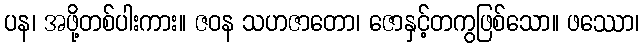
ပန၊ အဖို့တစ်ပါးကား။ ဇဝန သဟဇာတော၊ ဇောနှင့်တကွဖြစ်သော။ ဖဿော၊